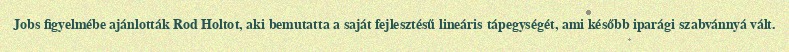
Jobs figyelmébe ajánlották Rod Holtot, aki bemutatta a saját fejlesztésű lineáris tápegységét, ami később iparági szabvánnyá vált.